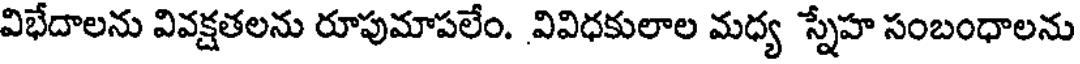
విభేదాలను వివక్షతలను రూపుమాపలేం. వివిధకులాల మధ్య స్నేహ సంబంధాలను